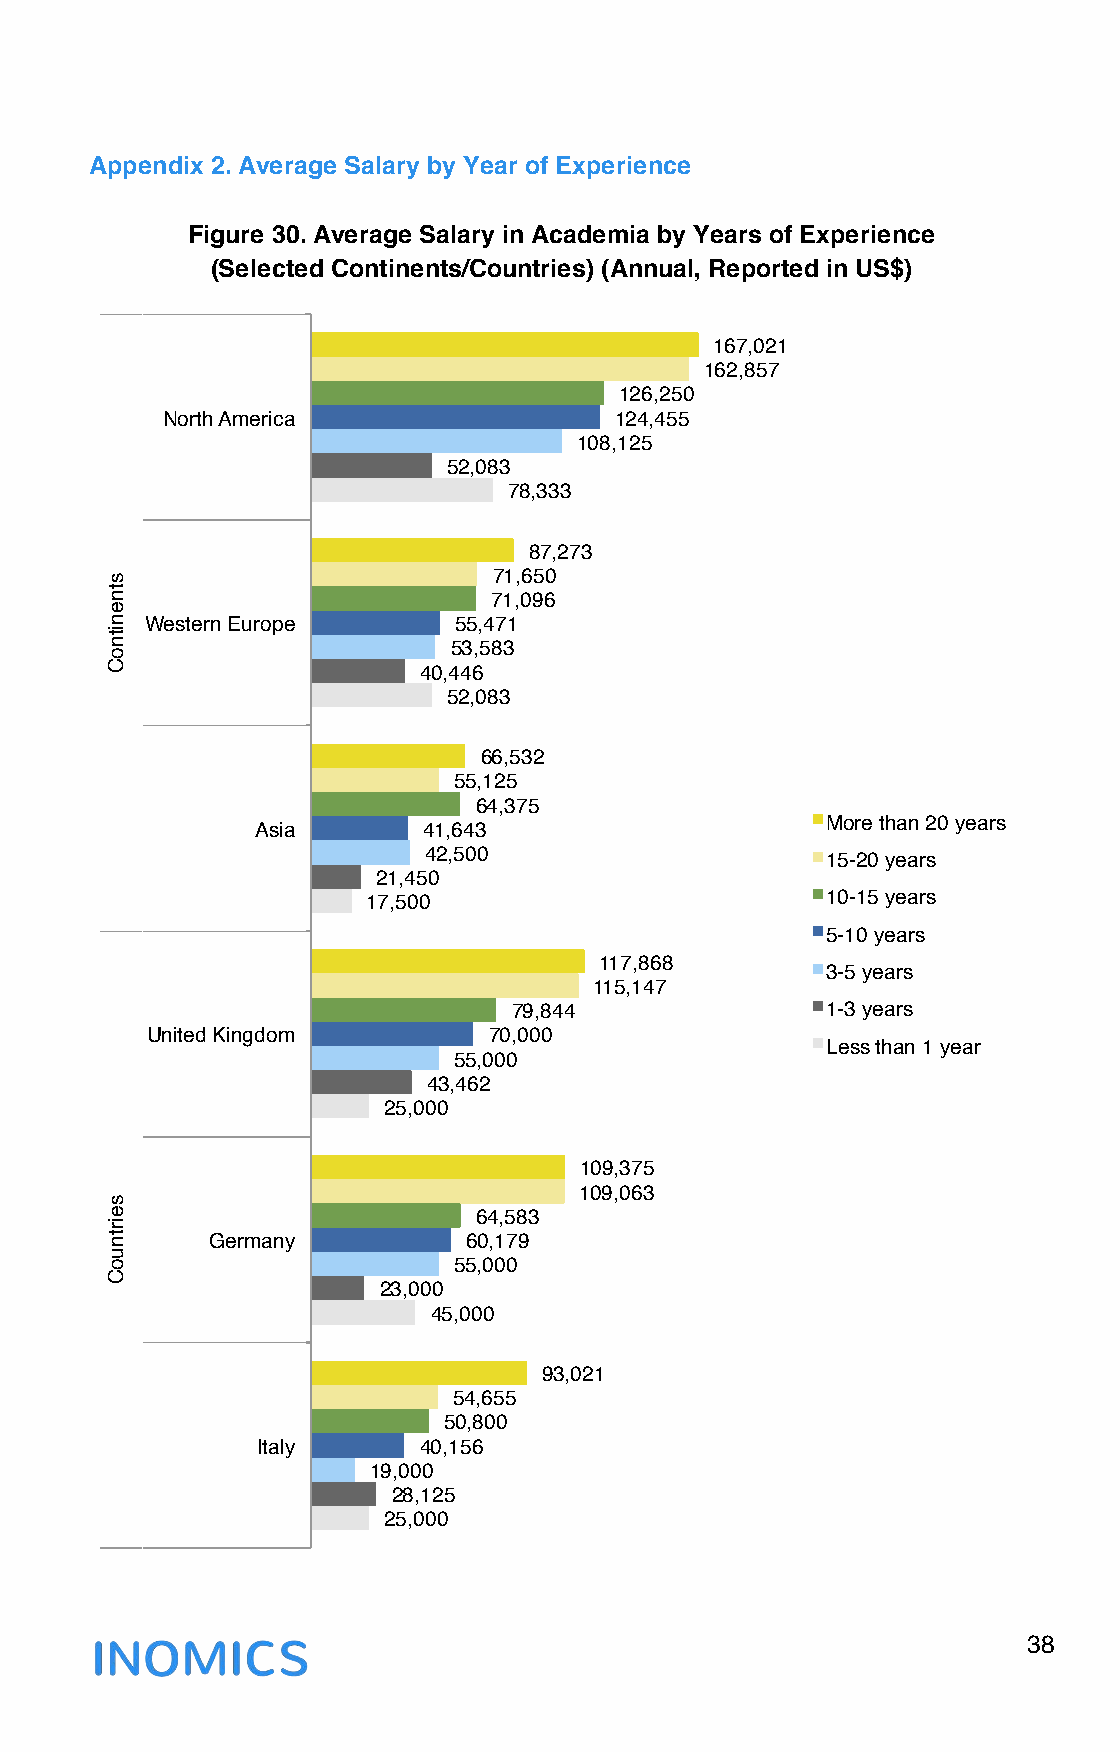
Appendix 2. Average Salary by Year of Experience
 Figure 30. Average Salary in Academia by Years of Experience
 (Selected Continents/Countries) (Annual, Reported in US$)
 167,021"
 162,857"
 126,250"
 North America"                124,455"
 108,125"
 52,083"
 78,333"
 87,273"
 71,650"
 71,096"
 Western Europe"     55,471"
 53,583"
 40,446"
 52,083"
 66,532"
 55,125"
 64,375"
 More than 20 years"
 Asia"      41,643"
 42,500"                    15-20 years"
 21,450"
 17,500"                        10-15 years"
 5-10 years"
 117,868"
 3-5 years"
 115,147"
 79,844"              1-3 years"
 United Kingdom"       70,000"
 Less than 1 year"
 55,000"
 43,462"
 25,000"
 109,375"
 109,063"
 64,583"
 Germany"         60,179"
 55,000"
 23,000"
 45,000"
 93,021"
 54,655"
 50,800"
 Italy"     40,156"
 19,000"
 28,125"
 25,000"
 38
 !
 "stnenitnoC
 "seirtnuoC